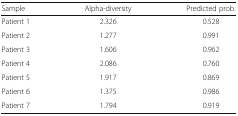
<table><thead><tr><td><b>Sample</b></td><td><b>Alpha-diversity</b></td><td><b>Predicted prob.</b></td></tr></thead><tbody><tr><td>Patient 1</td><td>2.326</td><td>0.528</td></tr><tr><td>Patient 2</td><td>1.277</td><td>0.991</td></tr><tr><td>Patient 3</td><td>1.606</td><td>0.962</td></tr><tr><td>Patient 4</td><td>2.086</td><td>0.760</td></tr><tr><td>Patient 5</td><td>1.917</td><td>0.869</td></tr><tr><td>Patient 6</td><td>1.375</td><td>0.986</td></tr><tr><td>Patient 7</td><td>1.794</td><td>0.919</td></tr></tbody></table>